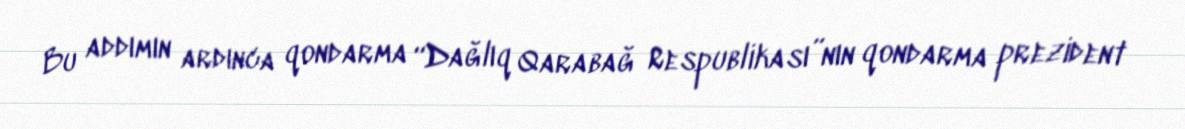
Bu addımın ardınca qondarma “Dağlıq Qarabağ Respublikası”nın qondarma prezident